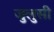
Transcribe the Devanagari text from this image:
जुलुसी